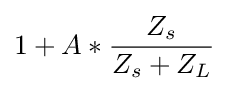
1+A*{\frac {Z_{s}}{Z_{s}+Z_{L}}}